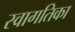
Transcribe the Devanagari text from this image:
स्वागतिका